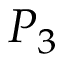
P _ { 3 }